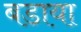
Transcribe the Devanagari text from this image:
बडाया